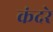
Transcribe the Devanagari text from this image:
कंदरे